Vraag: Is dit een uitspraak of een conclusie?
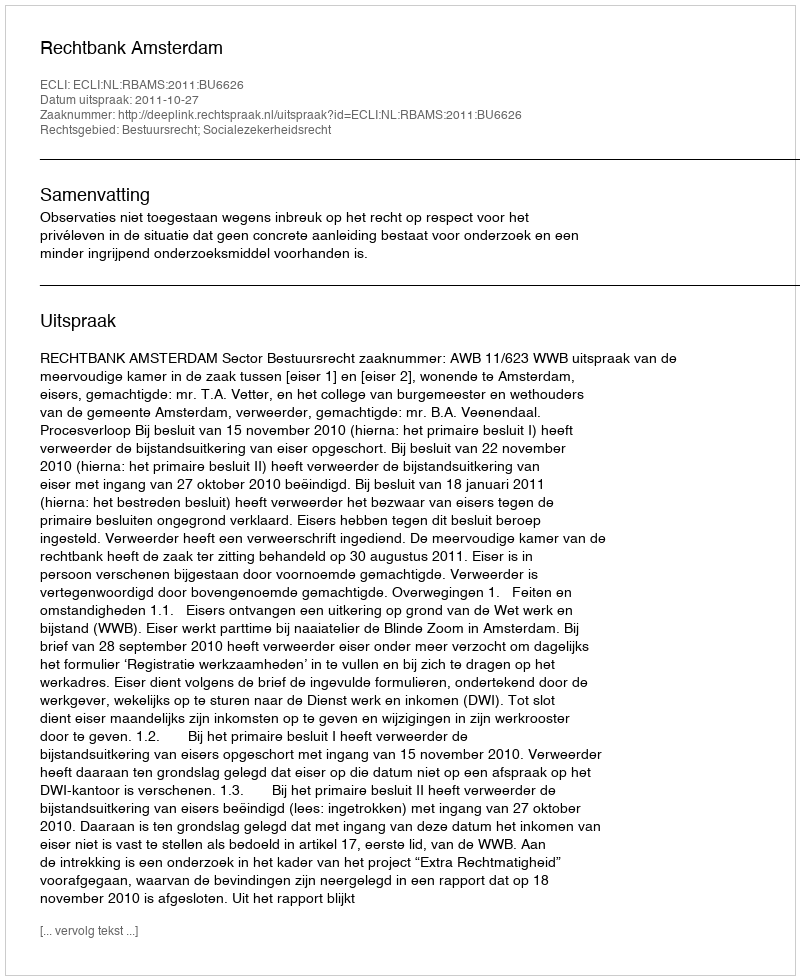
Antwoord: Uitspraak